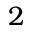
2